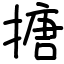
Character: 搪